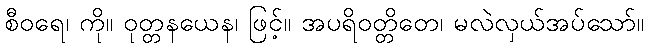
စီဝရေ၊ ကို။ ဝုတ္တနယေန၊ ဖြင့်။ အပရိဝတ္တိတေ၊ မလဲလှယ်အပ်သော်။